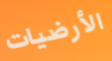
الأرضيات